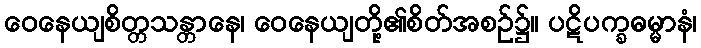
ဝေနေယျစိတ္တသန္တာနေ၊ ဝေနေယျတို့၏စိတ်အစဉ်၌။ ပဋိပက္ခဓမ္မာနံ၊